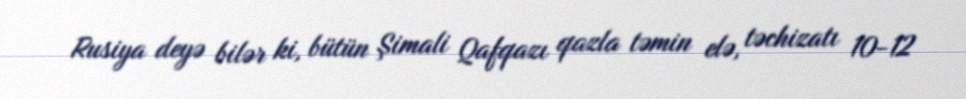
Rusiya deyə bilər ki, bütün Şimali Qafqazı qazla təmin elə, təchizatı 10-12